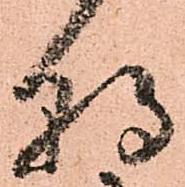
朝